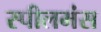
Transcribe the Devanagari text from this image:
स्पीलमंस